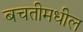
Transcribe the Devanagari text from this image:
बचतीमधील